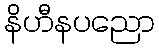
နိဟီနပညော